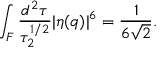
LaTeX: \int _ { F } \frac { d ^ { 2 } \tau } { \tau _ { 2 } ^ { 1 / 2 } } | \eta ( q ) | ^ { 6 } = \frac { 1 } { 6 \sqrt { 2 } } .